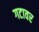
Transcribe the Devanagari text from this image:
गटावर